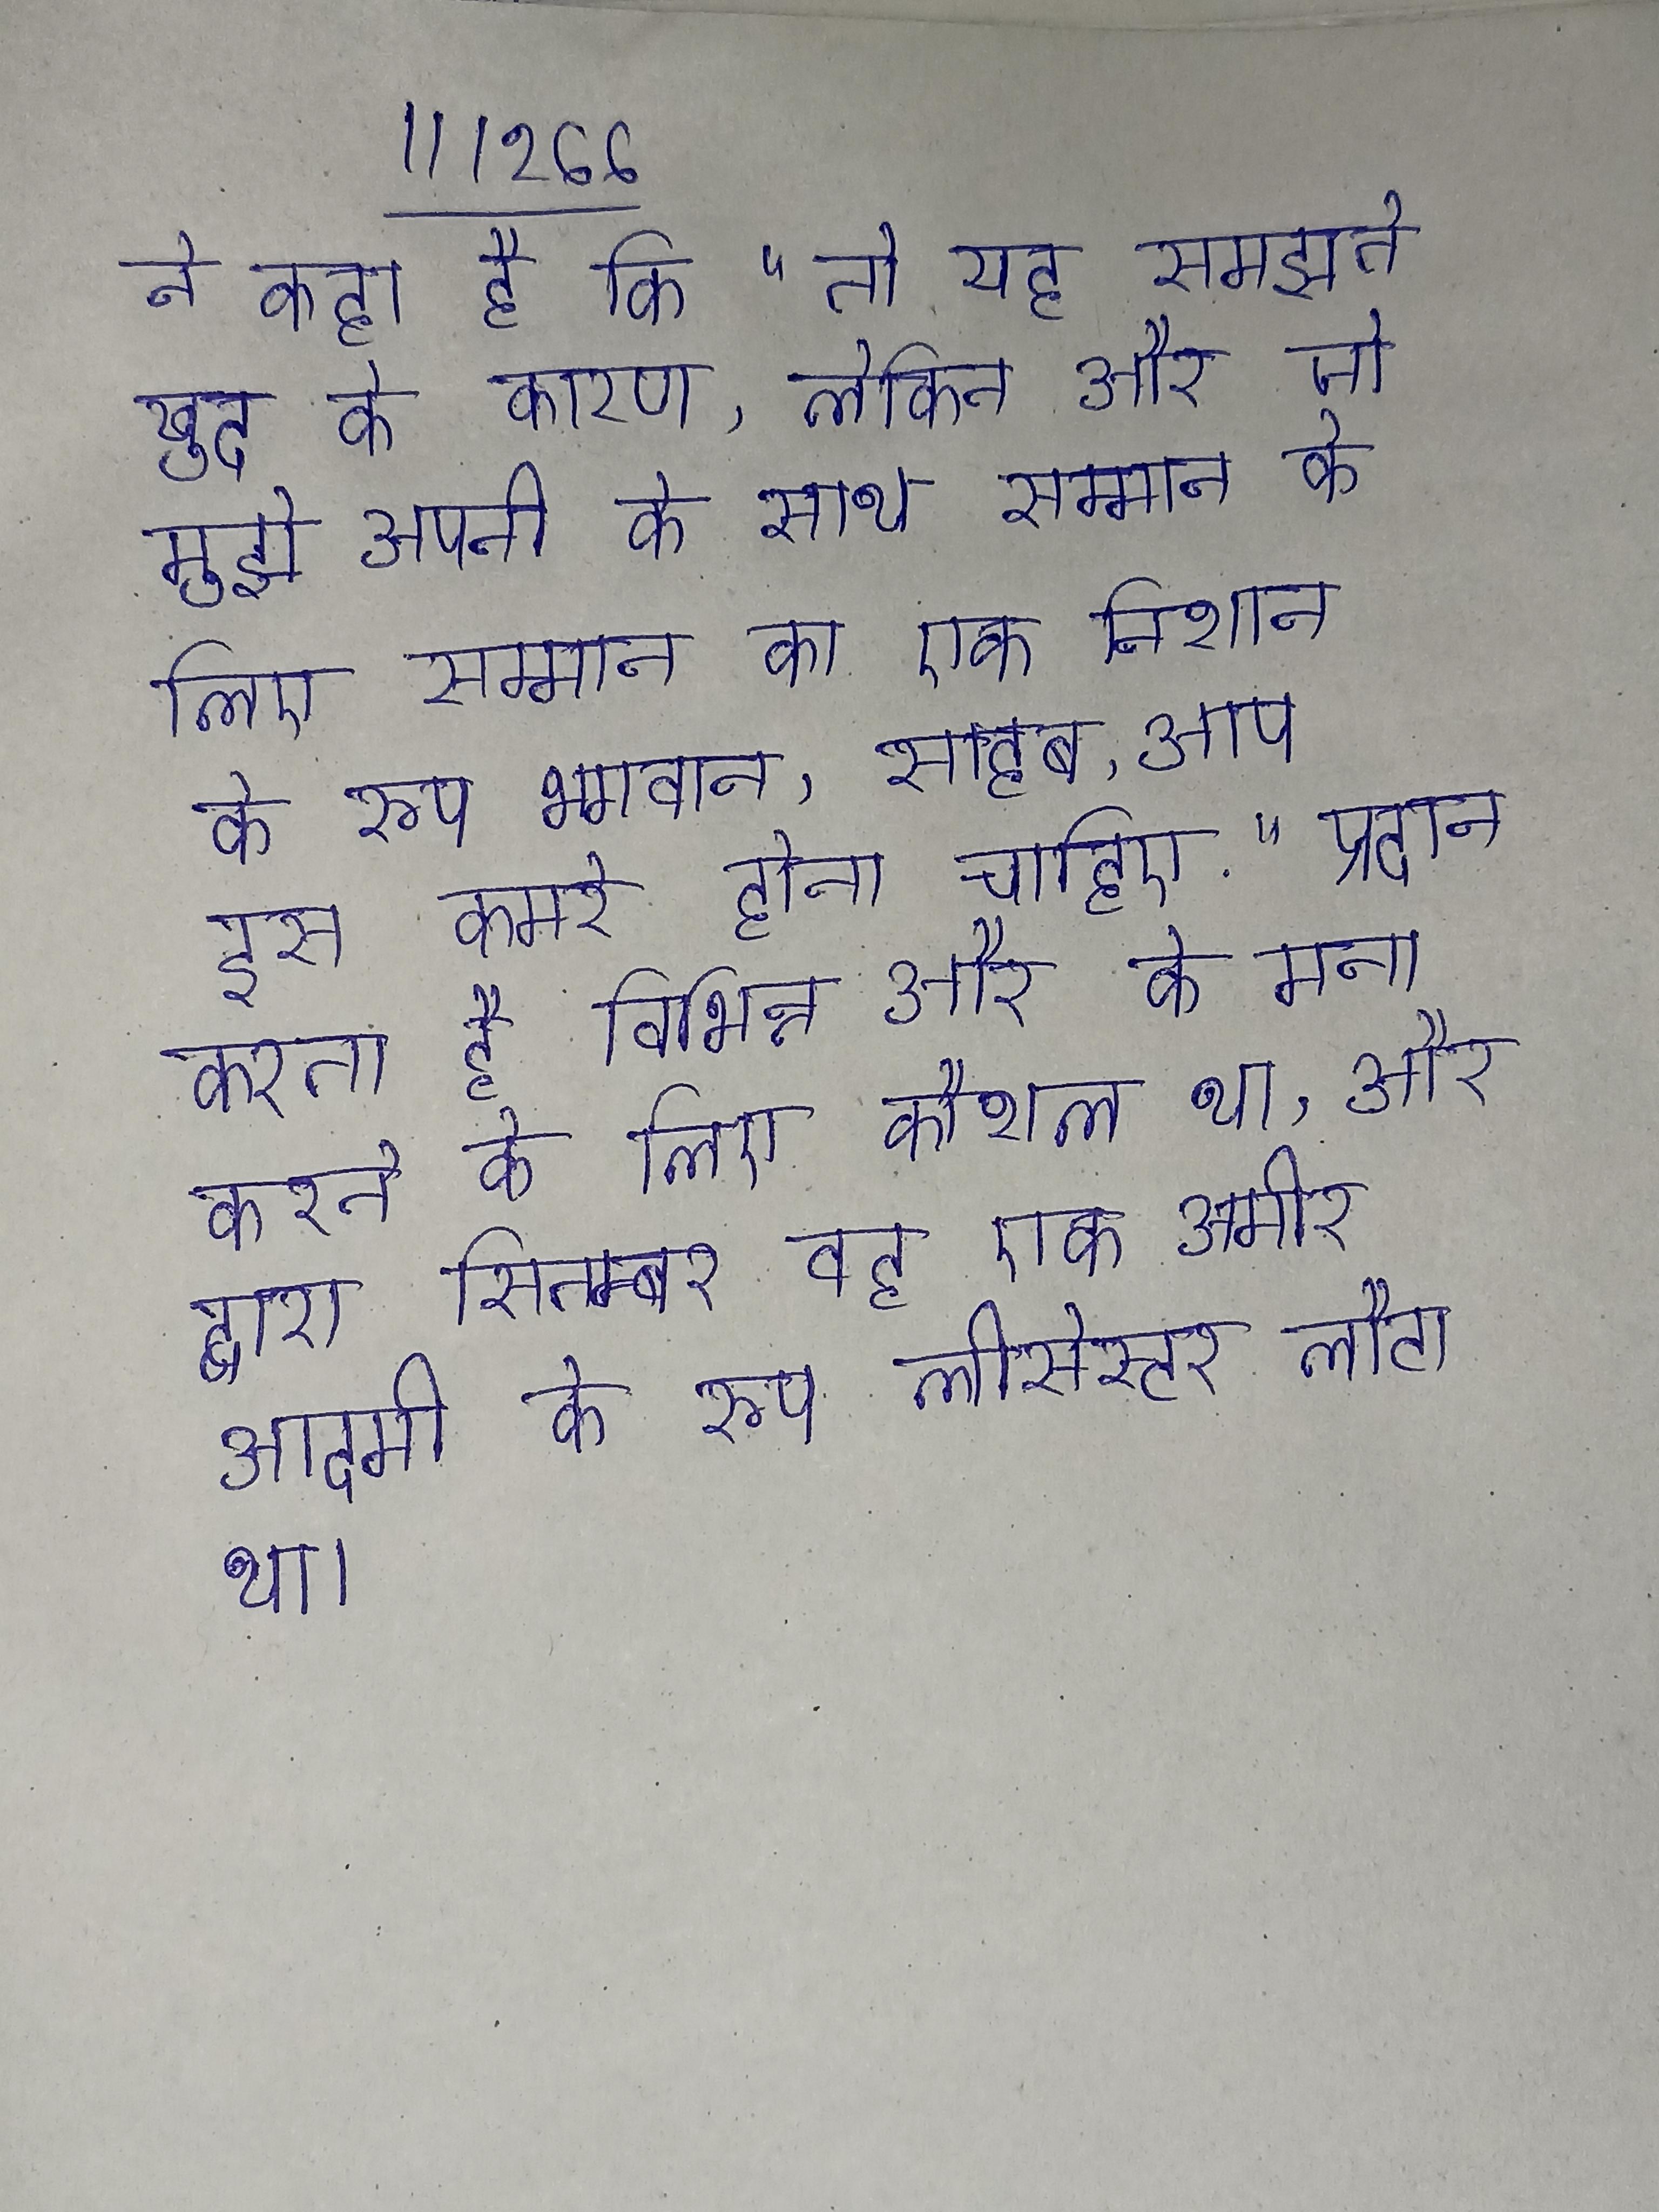
ने कहा है कि "तो यह समझते खुद के कारण, लेकिन और जो मुझे अपनी के साथ सम्मान के लिए सम्मान का एक निशान के रूप भगवान, साहब, आप इस कमरे होना चाहिए." प्रदान करता है विभिन्न और के मना करने के लिए कौशल था, और द्वारा सितम्बर वह एक अमीर आदमी के रूप लीसेस्टर लौटा था ।